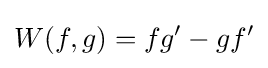
W(f,g)=fg'-gf'